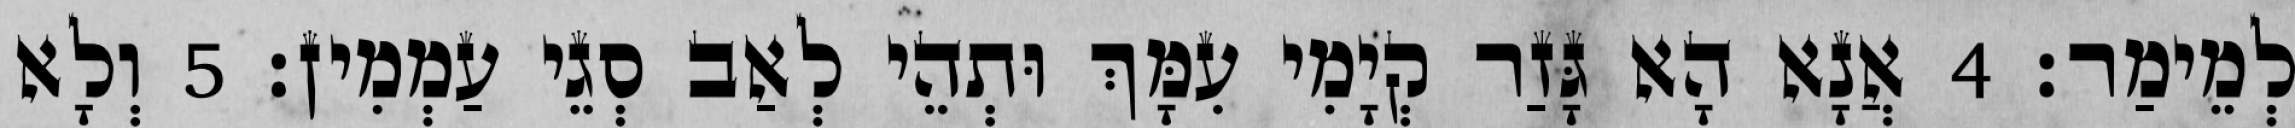
לְמֵימַר׃ 4 אֲנָא הָא גָּזַר קְיָמִי עִמָּךְ וּתְהֵי לְאַב סְגֵי עַמְמִין׃ 5 וְלָא